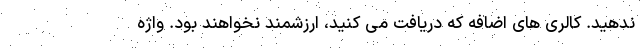
ندهید. کالری های اضافه که دریافت می کنید، ارزشمند نخواهند بود. واژه